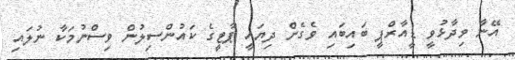
އޭނާ ވިދާޅުވީ ޑީއާރްޕީ ބައިބައި ވެގެން ދިޔައީ ޕާޓީގެ ކައުންސިލުން ވިސްނުމަކާ ނުލައި